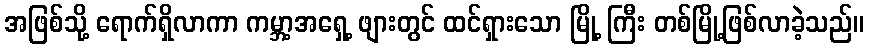
အဖြစ်သို့ ရောက်ရှိလာကာ ကမ္ဘာ့အရှေ့ ဖျားတွင် ထင်ရှားသော မြို့ ကြီး တစ်မြို့ဖြစ်လာခဲ့သည်။